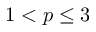
1 < p \leq 3